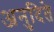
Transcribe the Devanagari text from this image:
अनुदिते